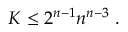
K \leq 2 ^ { n - 1 } n ^ { n - 3 } \ .